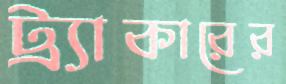
ট্র্যাকারের